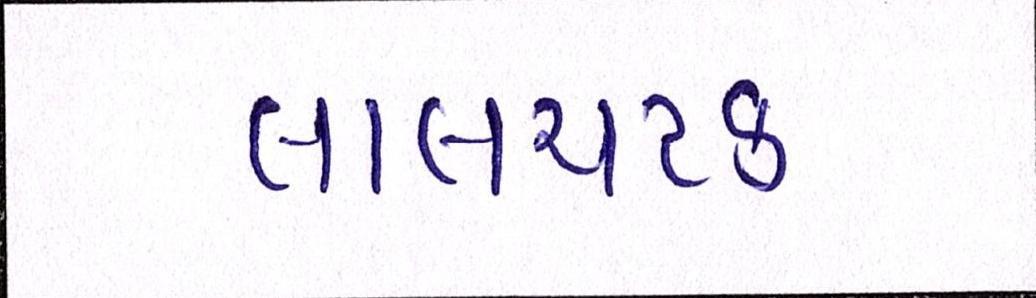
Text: લાલચટક